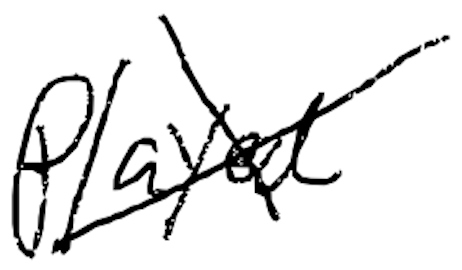
Text: played
Cross-out: cross
Writing tool: digital_black